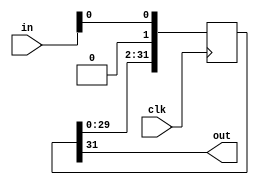
`timescale 1ns / 1ps
//////////////////////////////////////////////////////////////////////////////////
// Company: 
// Engineer: 
// 
// Design Name: 
// Module Name: shift_reg
// Project Name: 
// Target Devices: 
// Tool Versions: 
// Description: 
// 
// Dependencies: 
// 
// Revision:
// Revision 0.01 - File Created
// Additional Comments:
// 
//////////////////////////////////////////////////////////////////////////////////
module shift_reg(in,clk,out);
  input [31:0]in;
  input clk;
  output out;
  reg [31:0] bits;
  assign out = bits[31];
  always @(posedge clk) 
  begin
  bits <= bits << 2;
  bits[0] <= in;
  end
endmodule